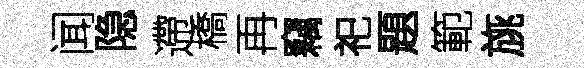
闻隐遰橋再竊祀題範旐